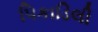
પિકાડિલી